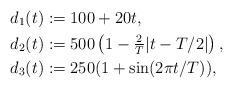
LaTeX: \begin{align*}d_1(t)&:=100+20t,\\d_2(t)&:=500\left(1-\tfrac{2}{T}|t-T/2|\right),\\d_3(t)&:=250(1+\sin(2\pi t/T)),\end{align*}